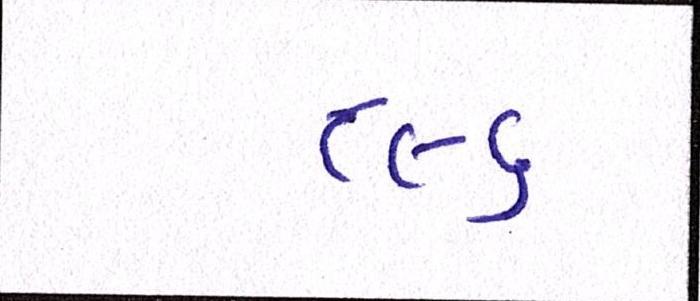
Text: ૮૯૬